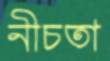
নীচতা